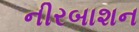
નીરબાશન